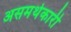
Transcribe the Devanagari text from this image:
असमर्थकारी